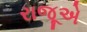
રાજૂએ